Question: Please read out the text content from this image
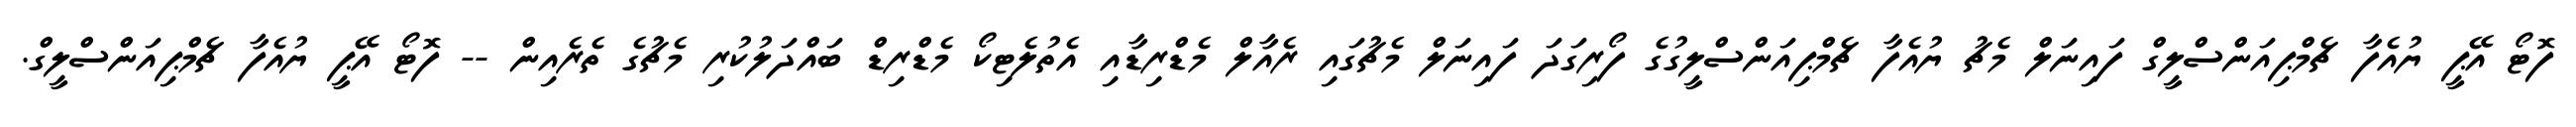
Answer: ފޮޓޯ އޭޕީ ޔުއެފާ ޗެމްޕިއަންސްލީގް ފައިނަލް މެޗު ޔުއެފާ ޗެމްޕިއަންސްލީގުގެ ފޯރިގަދަ ފައިނަލް މެޗުގައި ރެއާލް މެޑްރިޑާއި އެތުލެޓިކޯ މެޑްރިޑް ބައްދަލުކުރި މެޗުގެ ތެރެއިން -- ފޮޓޯ އޭޕީ ޔުއެފާ ޗެމްޕިއަންސްލީގް.